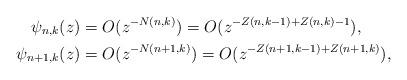
LaTeX: \begin{align*}\psi_{n,k}(z) & =O(z^{-N(n,k)})=O(z^{-Z(n,k-1)+Z(n,k)-1}),\\\psi_{n+1,k}(z) & =O(z^{-N(n+1,k)})=O(z^{-Z(n+1,k-1)+Z(n+1,k)}),\end{align*}